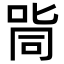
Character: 㖰